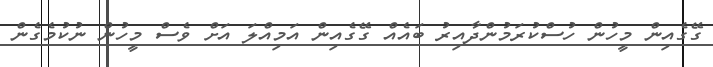
ގޭގެއިން މީހުން ހުސްކުރަމުންދާއިރު ބައެއް ގޭގެއިން އަމިއްލަ އަށް ވެސް މީހުން ނުކުމެގެން